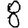
Digit: 8